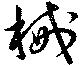
械